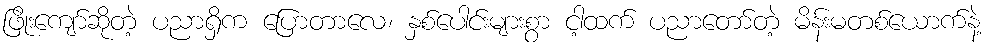
ဖြိုးကျော်ဆိုတဲ့ ပညာရှိက ပြောတာလေ၊ နှစ်ပေါင်းများစွာ ငါ့ထက် ပညာတော်တဲ့ မိန်းမတစ်ယောက်နဲ့